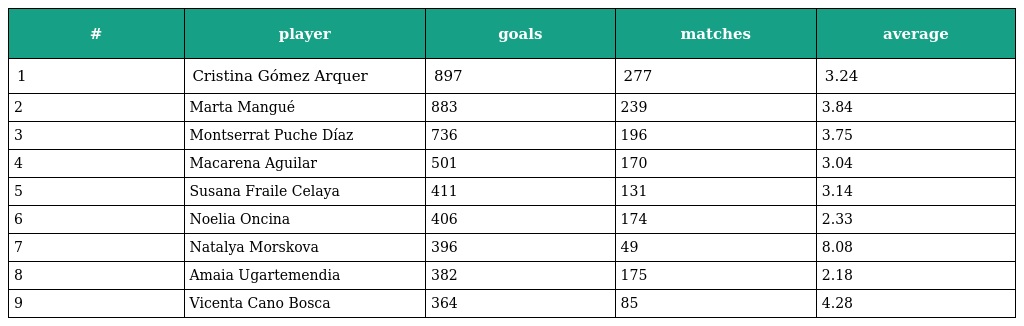
| # | player | goals | matches | average |
 | --- | --- | --- | --- | --- |
 | 1 | Cristina Gómez Arquer | 897 | 277 | 3.24 |
 | 2 | Marta Mangué | 883 | 239 | 3.84 |
 | 3 | Montserrat Puche Díaz | 736 | 196 | 3.75 |
 | 4 | Macarena Aguilar | 501 | 170 | 3.04 |
 | 5 | Susana Fraile Celaya | 411 | 131 | 3.14 |
 | 6 | Noelia Oncina | 406 | 174 | 2.33 |
 | 7 | Natalya Morskova | 396 | 49 | 8.08 |
 | 8 | Amaia Ugartemendia | 382 | 175 | 2.18 |
 | 9 | Vicenta Cano Bosca | 364 | 85 | 4.28 |